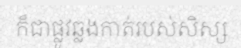
ក៏ជាផ្លូវឆ្លងកាត់របស់សិស្ស